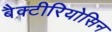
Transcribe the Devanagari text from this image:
बैक्टीरियोसिन